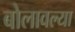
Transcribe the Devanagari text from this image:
बोलावल्या